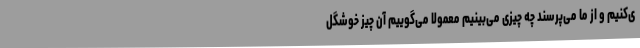
ی‌کنیم و از ما می‌پرسند چه چیزی می‌بینیم معمولا می‌گوییم آن چیز خوشگل